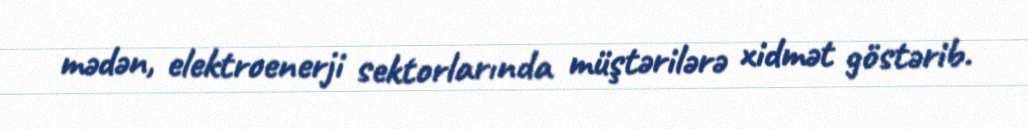
mədən, elektroenerji sektorlarında müştərilərə xidmət göstərib.